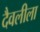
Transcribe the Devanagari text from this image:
दैवलीला